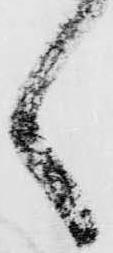
く